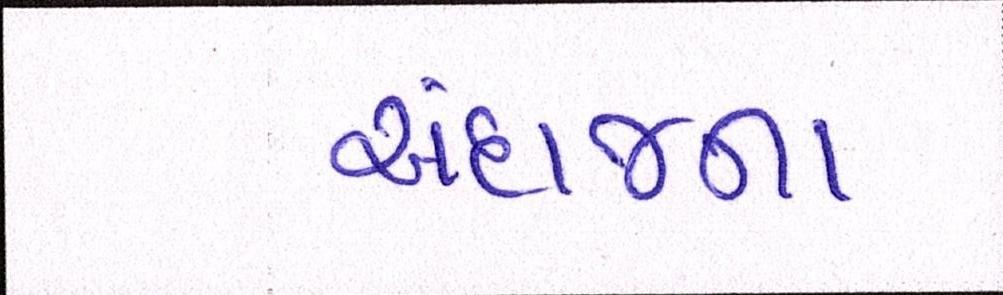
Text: અંદાજના